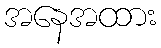
အနေအထား